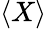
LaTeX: \langle X\rangle